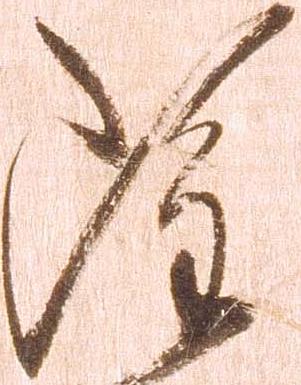
雖